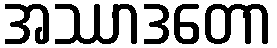
အဿာဒတော